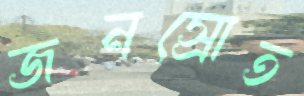
জনস্রোত